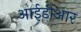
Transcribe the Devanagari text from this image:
आईडीआर